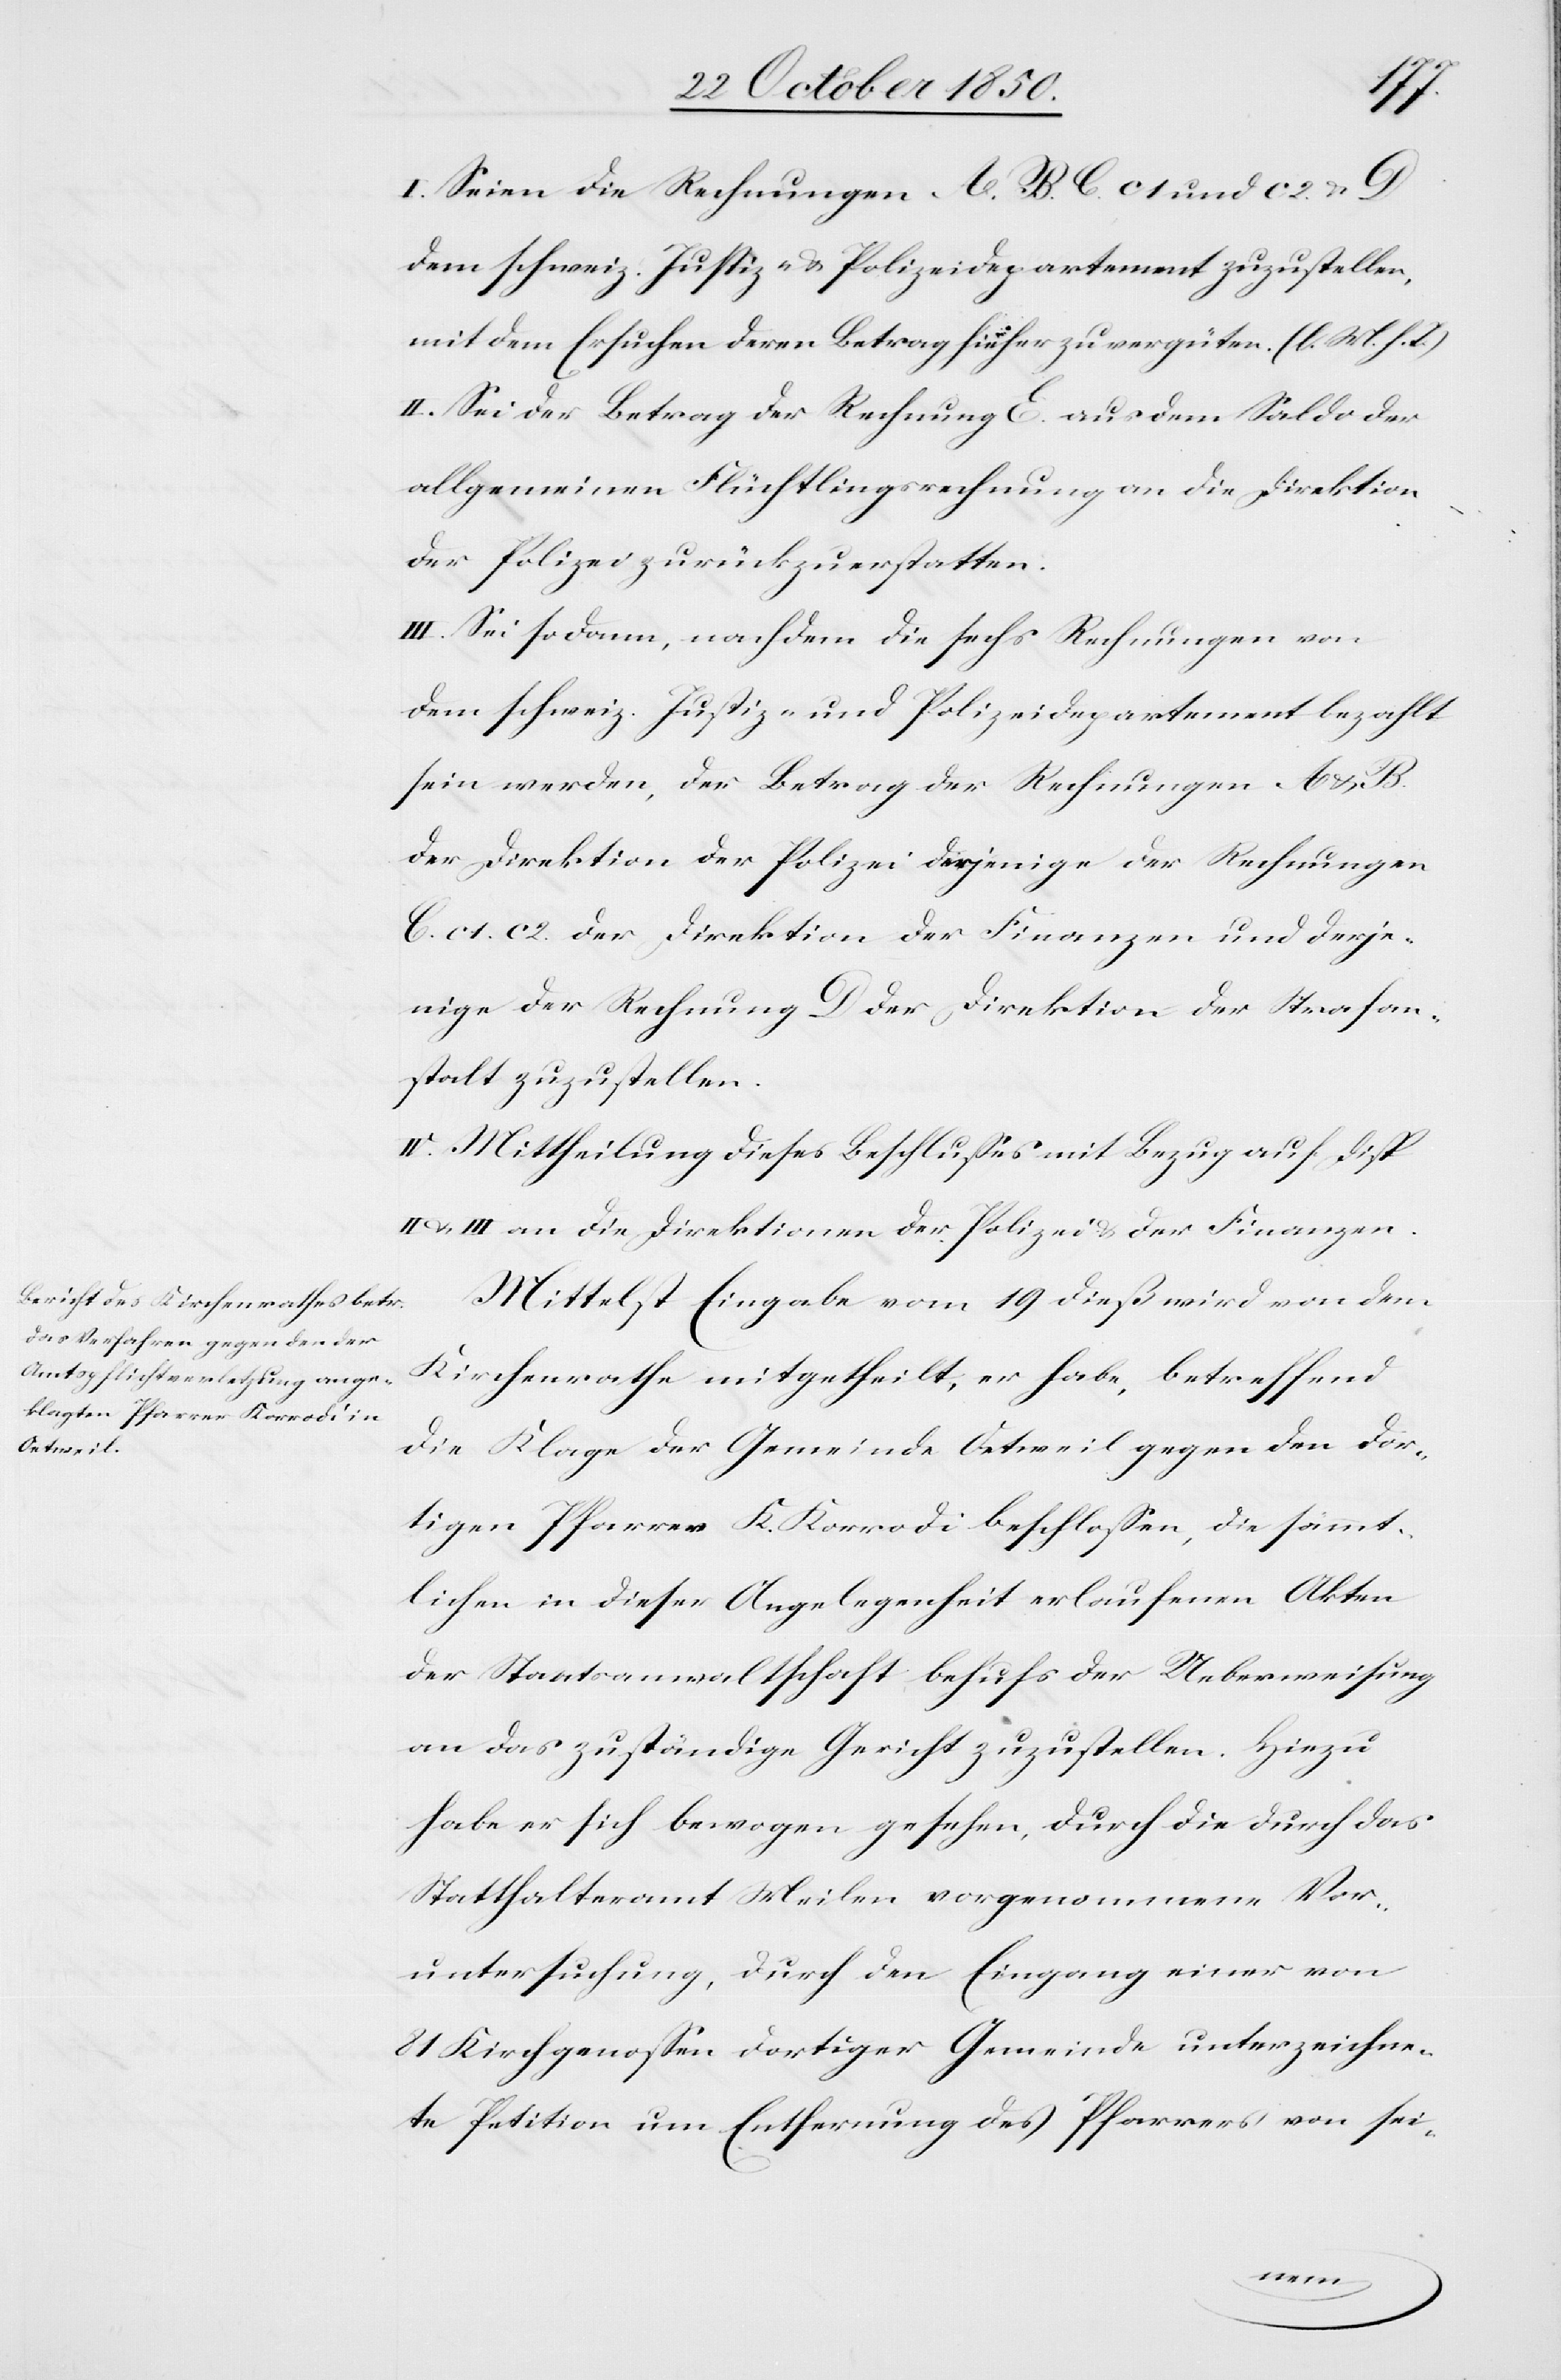
I. Seien die Rechnungen A. B. C. c 1 und c 2.
dem schweiz. Justiz- & Polizeidepartement zuzustellen,
mit dem Ersuchen deren Betrag hieher zu vergüten. (l. M. h. T.)
II. Sei der Betrag der Rechnung E. aus dem Saldo der
allgemeinen Flüchtlingsrechnung an die Direktion
der Polizei zurückzuerstatten.
III. Sei sodann, nachdem die sechs Rechnungen von
dem schweiz. Justiz- und Polizeidepartement bezahlt
sein werden, der Betrag der Rechnungen A &
der Direktion der Polizei derjenige der Rechnungen
C. c 1. c 2. der Direktion der Finanzen und derje¬
nige der Rechnung D der Direktion der Strafan¬
stalt zuzustellen.
IV. Mittheilung dieses Beschlusses mit Bezug auf Disp
II u. III an die Direktionen der Polizei & der Finanzen.
Mittelst Eingabe vom 19 dieß wird von dem
Kirchenrathe mitgetheilt, er habe, betreffend
die Klage der Gemeinde Oetweil gegen den dor¬
tigen Pfarrer K. Korrodi beschlossen, die sämmt¬
lichen in dieser Angelegenheit erlaufenen Akten
der Staatsanwaltschaft behufs der Ueberweisung
an das zuständige Gericht zuzustellen. Hiezu
habe er sich bewogen gesehen, durch die durch das
Statthalteramt Meilen vorgenommene Vor¬
untersuchung, durch den Eingang einer von
81 Kirchgenossen dortiger Gemeinde unterzeichne¬
te Petition um Entfernung der Pfarrers von sei-